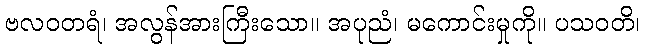
ဗလဝတရံ၊ အလွန်အားကြီးသော။ အပုညံ၊ မကောင်းမှုကို။ ပသဝတိ၊